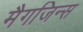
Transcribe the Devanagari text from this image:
मैगजिन्स